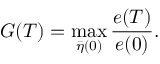
G ( T ) = \operatorname* { m a x } _ { \bar { \eta } ( 0 ) } \frac { e ( T ) } { e ( 0 ) } .